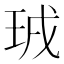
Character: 珬